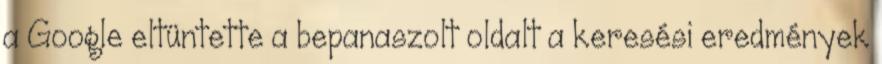
a Google eltüntette a bepanaszolt oldalt a keresési eredmények